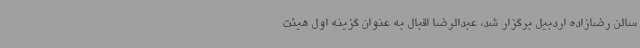
سالن رضازاده اردبیل برگزار شد، عبدالرضا اقبال به عنوان گزینه اول هیئت